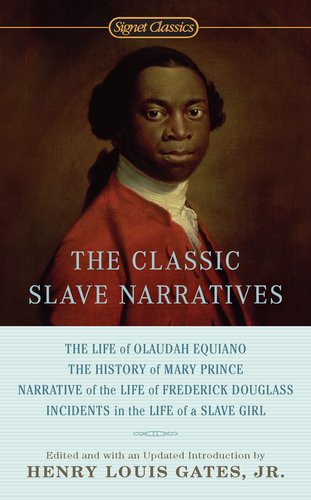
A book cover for The Classic Slave Narratives; Literature & Fiction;